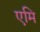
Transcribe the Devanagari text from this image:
एमि